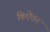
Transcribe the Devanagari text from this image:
किऐंठन